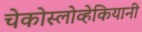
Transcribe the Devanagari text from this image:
चेकोस्लोव्हेकियानी